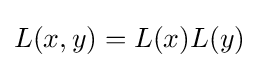
L(x,y)=L(x)L(y)